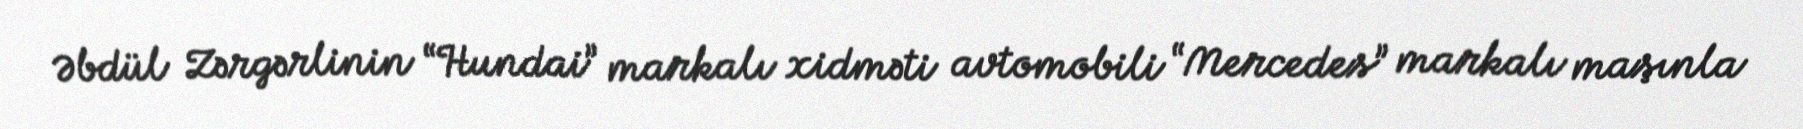
Əbdül Zərgərlinin “Hundai” markalı xidməti avtomobili “Mercedes” markalı maşınla